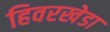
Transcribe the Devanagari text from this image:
हिवरखेडा